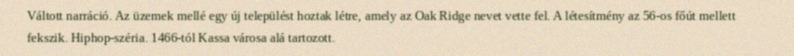
Váltott narráció. Az üzemek mellé egy új települést hoztak létre, amely az Oak Ridge nevet vette fel. A létesítmény az 56-os főút mellett fekszik. Hiphop-széria. 1466-tól Kassa városa alá tartozott.